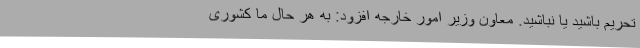
تحریم باشید یا نباشید. معاون وزیر امور خارجه افزود: به هر حال ما کشوری